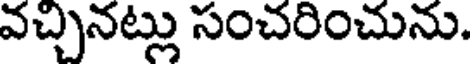
వచ్చినట్లు సంచరించును.